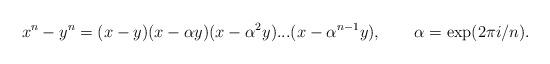
LaTeX: \begin{align*}x^{n}-y^{n}=(x-y)(x-\alpha y)(x-\alpha ^{2}y)...(x-\alpha ^{n-1}y),\qquad\alpha =\exp (2\pi i/n). \end{align*}